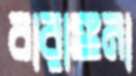
বারাঙ্গনা